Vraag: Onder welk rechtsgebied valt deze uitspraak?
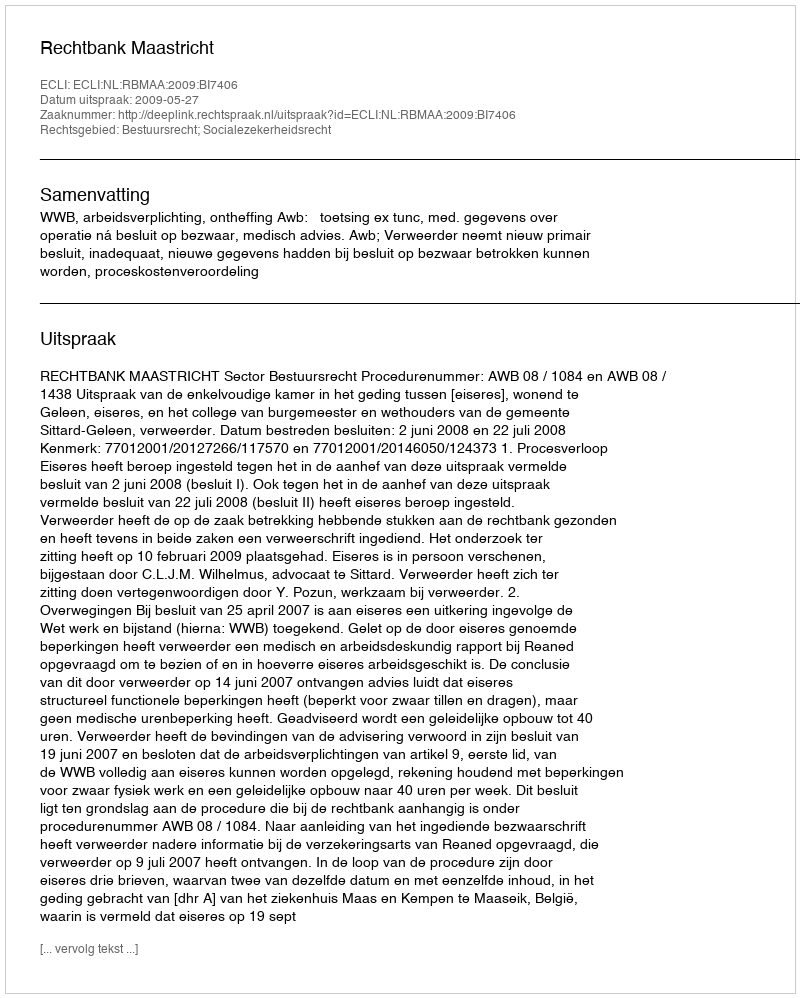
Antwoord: Bestuursrecht; Socialezekerheidsrecht